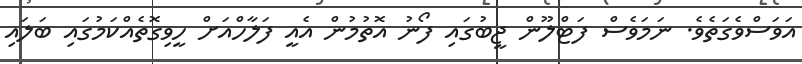
އަވަސްވެގަތެވެ. ނަމަވެސް ފަޓްލޫން ޖީބުގައި ފޯނު އޮތުމުން އެއީ ފަލާހްއަށް ހީވިގޮތެއްކަމުގައި ބަލައި